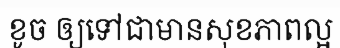
ខូច ឲ្យទៅជាមានសុខភាពល្អ